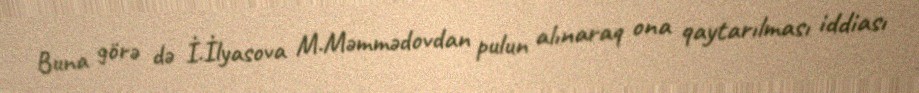
Buna görə də İ.İlyasova M.Məmmədovdan pulun alınaraq ona qaytarılması iddiası